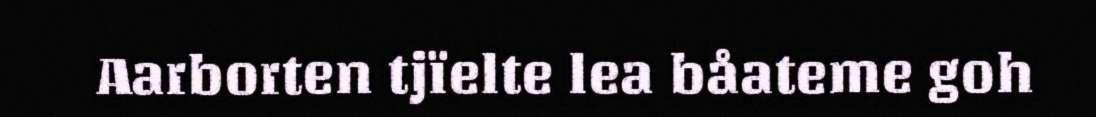
Aarborten tjïelte lea båateme goh